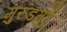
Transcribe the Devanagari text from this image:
मुरुडमुर्हू